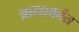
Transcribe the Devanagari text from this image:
आलाकांत